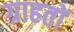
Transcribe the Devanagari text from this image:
ग्राहतों